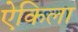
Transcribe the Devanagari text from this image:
ऐकिला